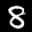
Label: 8